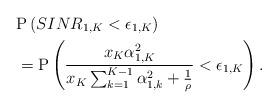
LaTeX: \begin{align*}&\mathrm{P}\left(SINR_{1,K}<\epsilon_{1,K}\right) \\ &= \mathrm{P}\left(\frac{x_K \alpha_{1,K}^2 }{ x_K\sum^{K-1}_{k=1} \alpha_{1,k}^2 +\frac{1}{\rho}}<\epsilon_{1,K}\right).\end{align*}